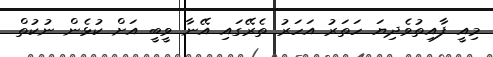
މިއީ ފާއިތުވެދިޔަ ހަތަރު އަހަރު ތެރޭގައި އޭނާ ވީބީ އަށް ކުޅެން ނުކުތް